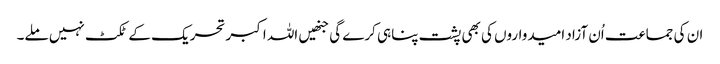
ان کی جماعت اُن آزاد امیدواروں کی بھی پشت پناہی کرے گی جنھیں اللہ اکبر تحریک کے ٹکٹ نہیں ملے۔